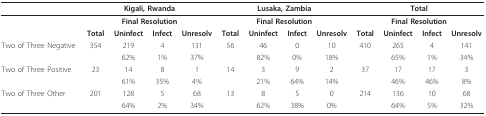
<table><thead><tr><td></td><td colspan="4"><b>Kigali, Rwanda</b></td><td colspan="4"><b>Lusaka, Zambia</b></td><td colspan="4"><b>Total</b></td></tr></thead><tbody><tr><td></td><td colspan="4"><b>Final Resolution</b></td><td colspan="4"><b>Final Resolution</b></td><td colspan="4"><b>Final Resolution</b></td></tr><tr><td></td><td><b>Total</b></td><td><b>Uninfect</b></td><td><b>Infect</b></td><td><b>Unresolv</b></td><td><b>Total</b></td><td><b>Uninfect</b></td><td><b>Infect</b></td><td><b>Unresolv</b></td><td><b>Total</b></td><td><b>Uninfect</b></td><td><b>Infect</b></td><td><b>Unresolv</b></td></tr><tr><td>Two of Three Negative</td><td>354</td><td>219</td><td>4</td><td>131</td><td>56</td><td>46</td><td>0</td><td>10</td><td>410</td><td>265</td><td>4</td><td>141</td></tr><tr><td></td><td></td><td>62%</td><td>1%</td><td>37%</td><td></td><td>82%</td><td>0%</td><td>18%</td><td></td><td>65%</td><td>1%</td><td>34%</td></tr><tr><td>Two of Three Positive</td><td>23</td><td>14</td><td>8</td><td>1</td><td>14</td><td>3</td><td>9</td><td>2</td><td>37</td><td>17</td><td>17</td><td>3</td></tr><tr><td></td><td></td><td>61%</td><td>35%</td><td>4%</td><td></td><td>21%</td><td>64%</td><td>14%</td><td></td><td>46%</td><td>46%</td><td>8%</td></tr><tr><td>Two of Three Other</td><td>201</td><td>128</td><td>5</td><td>68</td><td>13</td><td>8</td><td>5</td><td>0</td><td>214</td><td>136</td><td>10</td><td>68</td></tr><tr><td></td><td></td><td>64%</td><td>2%</td><td>34%</td><td></td><td>62%</td><td>38%</td><td>0%</td><td></td><td>64%</td><td>5%</td><td>32%</td></tr></tbody></table>